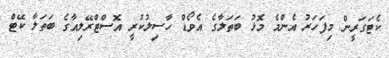
ކެޓަގަރީން މިފަހަރު އެންމެ މޮޅު ބަތަލާގެ އެވޯޑް ހާސިލުކުރީ އޮސްޓްރޭލިއާގެ ބަތަލާ ކޭޓް